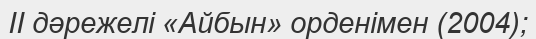
II дәрежелі «Айбын» орденімен (2004);